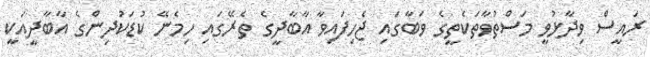
ރައީސް ވިދާޅުވީ މަސްތުވާތަކެތީގެ ވަބާގައި ޖެހިފައިވާ އާބާދީގެ ތެރޭގައި ހިމެނޭ ކުޑަކުދިންގެ އާބާދީއަކީ